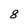
Character: 8